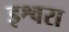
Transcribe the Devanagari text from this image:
इश्वरा